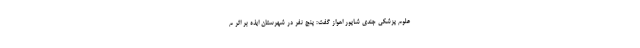
علوم پزشکی جندی شاپور اهواز گفت: پنج نفر در شهرستان ایذه بر اثر م